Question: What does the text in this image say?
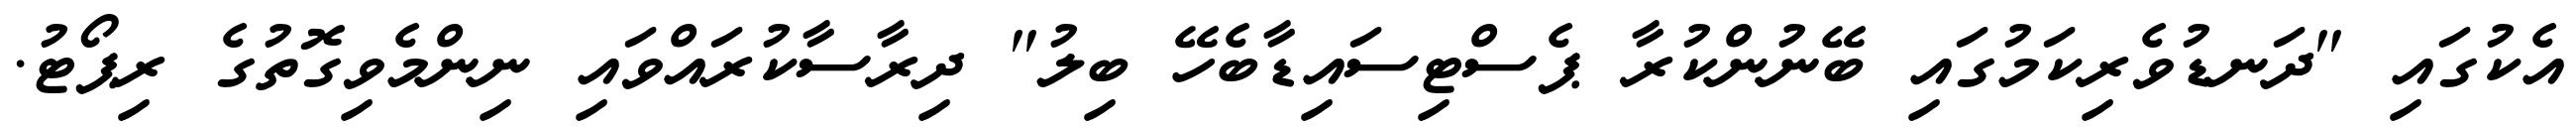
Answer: އެކުގައި "ދަނޑުވެރިކަމުގައި ބޭނުންކުރާ ޕެސްޓިސައިޑާބެހޭ ބިލު" ދިރާސާކުރައްވައި ނިންމެވިގޮތުގެ ރިޕޯޓު.